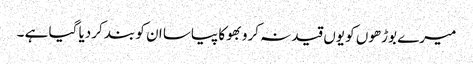
میرے بوڑھوں کو یوں قید نہ کرو بھوکا پیاسا ان کو بند کردیا گیا ہے ۔